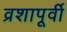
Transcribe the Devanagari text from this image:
व्रशापूर्वी